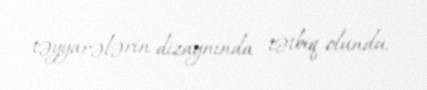
təyyarələrin dizaynında tətbiq olundu.